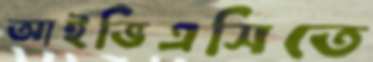
আইভিএসিতে